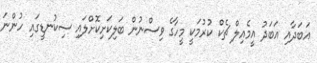
އަބަދާއި އަބަދު އީމެއިލް ޗެކް ކުރުމަކީ މީހާގެ ވިސްނުން ބަލިކަށިކޮށްލައި ސިކުނޑީގައި ހުންނަ